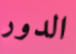
الدور